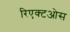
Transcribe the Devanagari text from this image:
रिएक्टओस